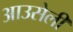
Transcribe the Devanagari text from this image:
आउसेली